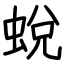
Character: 蛻